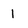
Character: 1